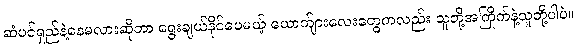
ဆံပင်ရှည်နဲ့နေမလားဆိုတာ ရွေးချယ်နိုင်ပေမယ့် ယောက်ျားလေးတွေကလည်း သူတို့အကြိုက်နဲ့သူတို့ပါပဲ။